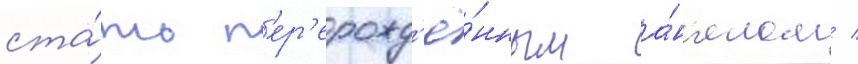
ста́ть п'ер'ерожд'ё́нным а́нг'елом /